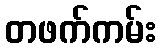
တဖက်ကမ်း